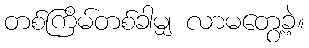
တစ်ကြိမ်တစ်ခါမျှ လာမတွေ့ခဲ့။